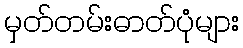
မှတ်တမ်းဓာတ်ပုံများ